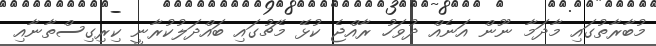
މުބާރާތުގައި މާދަމާ ނޫން އަނެއް ދުވަހު ރާއްޖެ ކުޅޭ މެޗުގައި ބައްދަލުކުރާނީ ކިރިގިސްތާނާއި